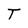
Character: T